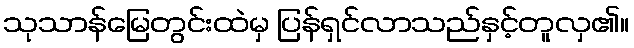
သုသာန်မြေတွင်းထဲမှ ပြန်ရှင်လာသည်နှင့်တူလှ၏။